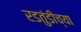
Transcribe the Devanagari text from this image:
रडतुंडीच्या